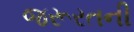
જરૂરતની